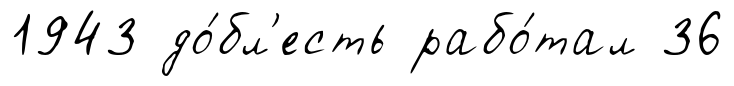
1943 до́бл'есть рабо́тал 36